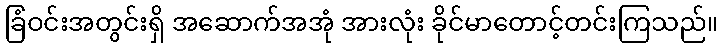
ခြံဝင်းအတွင်းရှိ အဆောက်အအုံ အားလုံး ခိုင်မာတောင့်တင်းကြသည်။